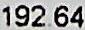
192.64